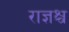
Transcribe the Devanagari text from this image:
राज्ञश्च